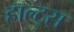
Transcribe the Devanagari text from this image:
हाल्ट्स